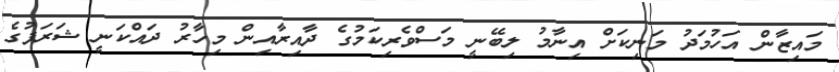
މައިޒާން އަހުމަދު މަނިކަށް އިނާމު ލިބޭނީ މަސްވެރިކަމުގެ ދާއިރާއިން މިހާރު ދައްކަނީ ޝަރަފުގެ